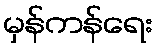
မှန်ကန်ရေး